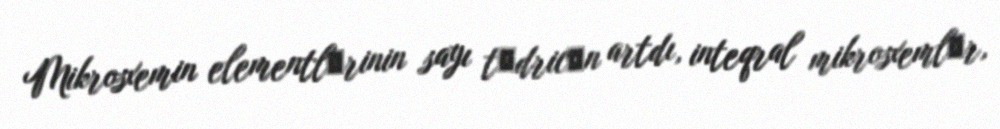
Mikrosxemin elementlәrinin sayı tәdricәn artdı, inteqral mikrosxemlәr,